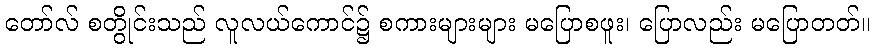
တော်လ် စတွိုင်းသည် လူလယ်ကောင်၌ စကားများများ မပြောစဖူး၊ ပြောလည်း မပြောတတ်။